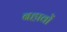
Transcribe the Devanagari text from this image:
बहावों